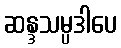
ဆန္ဒသမ္ပဒါပေ